Cholera in India, 1862 to 1881
Year: 1862
Disease focus: Cholera
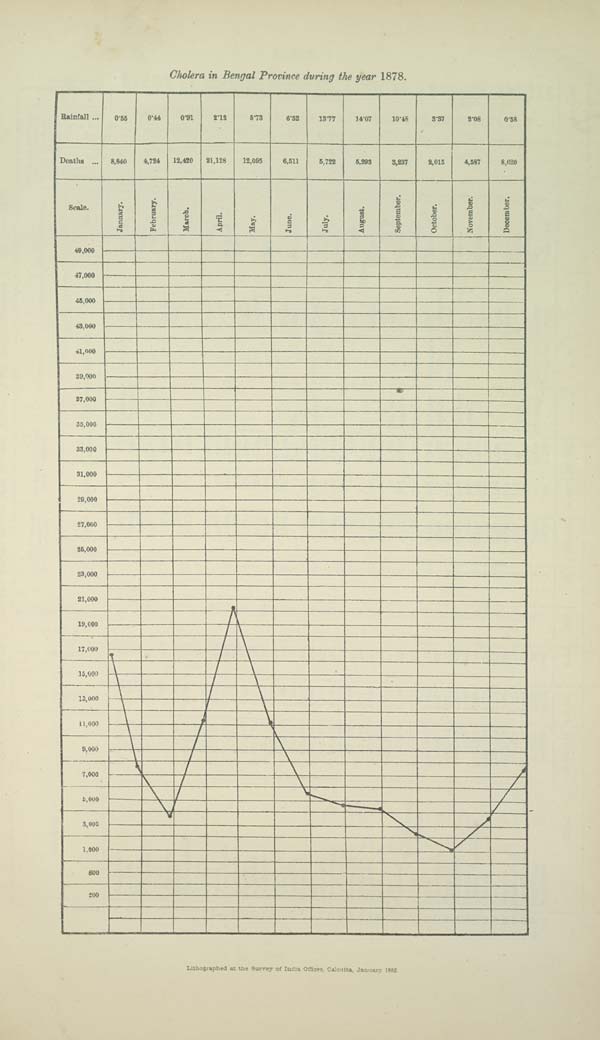
Cholera in Bengal Province during the year 1878.
Lithographed at the Survey of India Offices, Calcutta, January 1885.